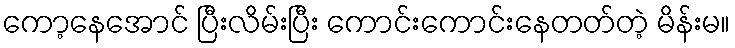
ကော့နေအောင် ပြီးလိမ်းပြီး ကောင်းကောင်းနေတတ်တဲ့ မိန်းမ။